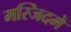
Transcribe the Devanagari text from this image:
मस्जिदमें